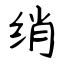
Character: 绡